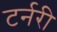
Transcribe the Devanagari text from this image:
टर्नरी